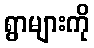
ရွာများကို